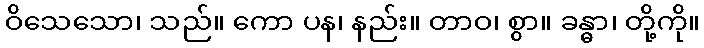
ဝိသေသော၊ သည်။ ကော ပန၊ နည်း။ တာဝ၊ စွာ။ ခန္ဓာ၊ တို့ကို။